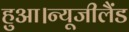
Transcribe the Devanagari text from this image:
हुआ।न्यूजीलैंड